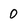
Character: 0